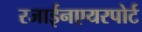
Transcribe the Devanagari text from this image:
रजाईनएयरपोर्ट